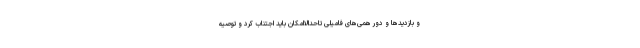
و بازدیدها و دور همی‌های فامیلی تاحدالاامکان باید اجتناب کرد و توصیه